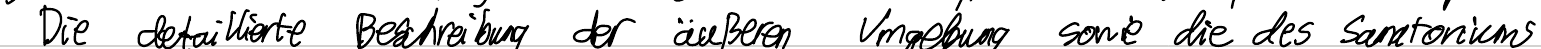
Die detaillierte Beschreibung der äußeren Umgebung sowie die des Sanatoriums